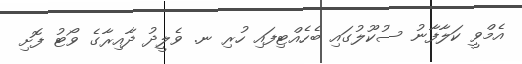
އެމްވީ ކަލާފާނު ސުކޫލުގައި ބެހެއްޓިފައި ހުރި ނ. ވެލީދު ދާއިރާގެ ވޯޓު ފޮށި